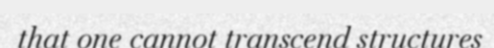
that one cannot transcend structures